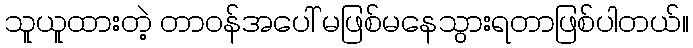
သူယူထားတဲ့ တာဝန်အပေါ် မဖြစ်မနေသွားရတာဖြစ်ပါတယ်။